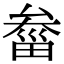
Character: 𤲙